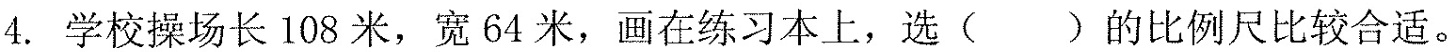
4. 学校操场长108米，宽64米，画在练习本上，选( )的比例尺比较合适。